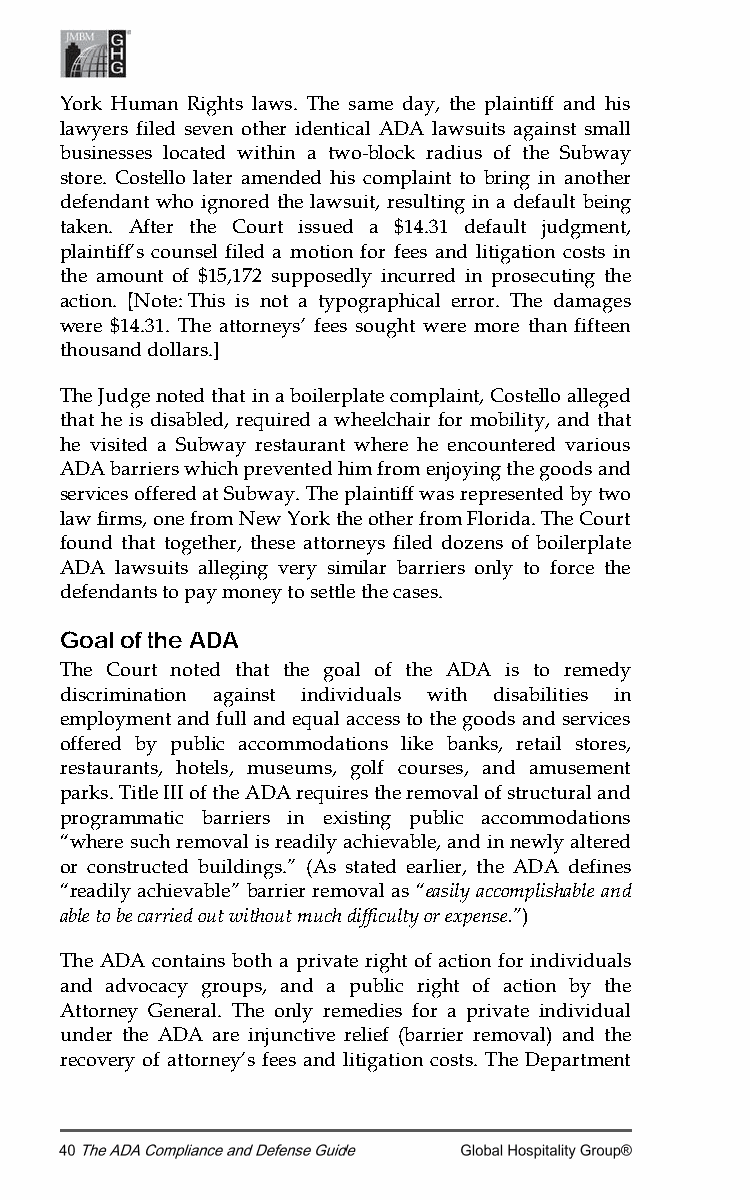
York Human Rights laws. The same day, the plaintiff and his
 lawyers filed seven other identical ADA lawsuits against small
 businesses located within a two-block radius of the Subway
 store. Costello later amended his complaint to bring in another
 defendant who ignored the lawsuit, resulting in a default being
 taken. After the Court issued a $14.31 default judgment,
 plaintiff’s counsel filed a motion for fees and litigation costs in
 the amount of $15,172 supposedly incurred in prosecuting the
 action. [Note: This is not a typographical error. The damages
 were $14.31. The attorneys’ fees sought were more than fifteen
 thousand dollars.]
 The Judge noted that in a boilerplate complaint, Costello alleged
 that he is disabled, required a wheelchair for mobility, and that
 he visited a Subway restaurant where he encountered various
 ADA barriers which prevented him from enjoying the goods and
 services offered at Subway. The plaintiff was represented by two
 law firms, one from New York the other from Florida. The Court
 found that together, these attorneys filed dozens of boilerplate
 ADA lawsuits alleging very similar barriers only to force the
 defendants to pay money to settle the cases.
 Goal of the ADA
 The Court noted that the goal of the ADA is to remedy
 discrimination against individuals with disabilities in
 employment and full and equal access to the goods and services
 offered by public accommodations like banks, retail stores,
 restaurants, hotels, museums, golf courses, and amusement
 parks. Title III of the ADA requires the removal of structural and
 programmatic barriers in existing public accommodations
 “where such removal is readily achievable, and in newly altered
 or constructed buildings.” (As stated earlier, the ADA defines
 “readily achievable” barrier removal as “easily accomplishable and
 able to be carried out without much difficulty or expense.”)
 The ADA contains both a private right of action for individuals
 and advocacy groups, and a public right of action by the
 Attorney General. The only remedies for a private individual
 under the ADA are injunctive relief (barrier removal) and the
 recovery of attorney’s fees and litigation costs. The Department